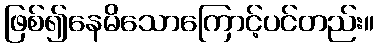
ဖြစ်၍နေမိသောကြောင့်ပင်တည်း။